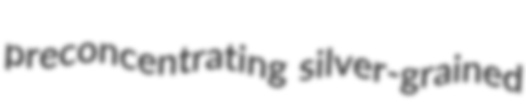
preconcentrating silver-grained